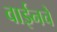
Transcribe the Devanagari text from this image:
वाईनचे